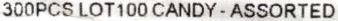
300PCSLOT100CANDY - ASSORTED